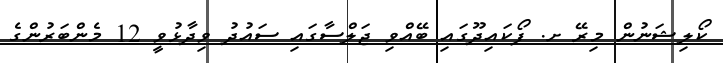
ކޯލިޝަނުން މިރޭ ށ. ފޯކައިދޫގައި ބޭއްވި ޖަލްސާގައި ސައުދު ވިދާޅުވީ 12 މެންބަރުންގެ